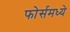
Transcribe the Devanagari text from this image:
फोर्समध्ये